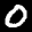
Label: 0